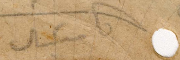
ميشال